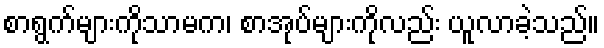
စာရွက်များကိုသာမက၊ စာအုပ်များကိုလည်း ယူလာခဲ့သည်။